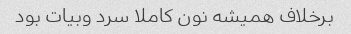
برخلاف همیشه نون کاملا سرد وبیات بود